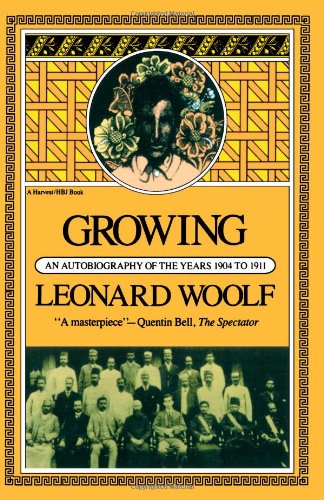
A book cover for Growing: An Autobiography Of The Years 1904 To 1911; Leonard Woolf; Travel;